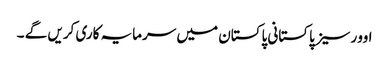
اوورسیز پاکستانی پاکستان میں سرمایہ کاری کریں گے ۔